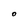
Character: O